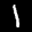
Label: 1